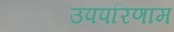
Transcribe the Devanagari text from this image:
उपपरिणाम